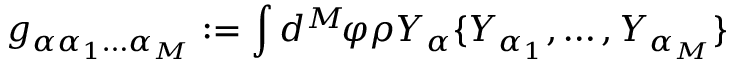
g _ { \alpha \alpha _ { 1 } \ldots \alpha _ { M } } : = \int d ^ { M } \! \varphi \rho Y _ { \alpha } \{ Y _ { \alpha _ { 1 } } , \ldots , Y _ { \alpha _ { M } } \}